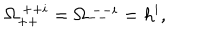
\Omega _ { + + } ^ { ~ + + i } = \Omega _ { -- } ^ { ~ -- i } = h ^ { i } ,